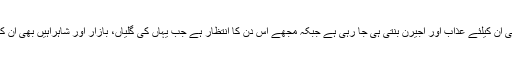
مہذب معاشروں میں تو زندگی ان کیلئے عذاب اور اجیرن بنتی ہی جا رہی ہے جبکہ مجھے اس دن کا انتظار ہے جب یہاں کی گلیاں، بازار اور شاہراہیں بھی ان کیلئے پل صراط بن جائیں گی۔